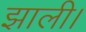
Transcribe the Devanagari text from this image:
झाली।